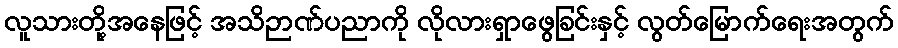
လူသားတို့အနေဖြင့် အသိဉာဏ်ပညာကို လိုလားရှာဖွေခြင်းနှင့် လွတ်မြောက်ရေးအတွက်